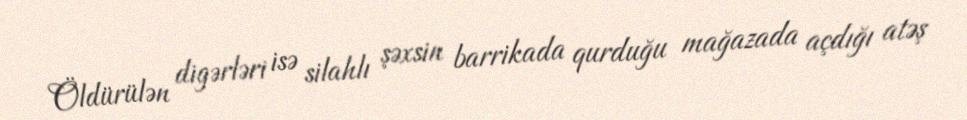
Öldürülən digərləri isə silahlı şəxsin barrikada qurduğu mağazada açdığı atəş